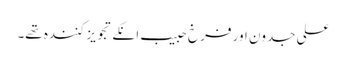
علی جدون اور فرخ حبیب انکے تجویز کنندہ تھے۔